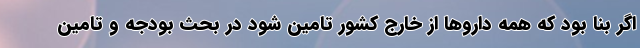
اگر بنا بود که همه داروها از خارج کشور تامین شود در بحث بودجه و تامین